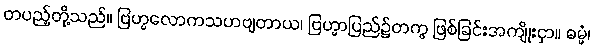
တပည့်တို့သည်။ ဗြဟ္မလောကသဟဗျတာယ၊ ဗြဟ္မာပြည်၌တကွ ဖြစ်ခြင်းအကျိုးငှာ။ ဓမ္မံ၊